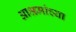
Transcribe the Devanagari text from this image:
आश्रमांच्या